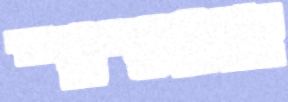
אופטימיי